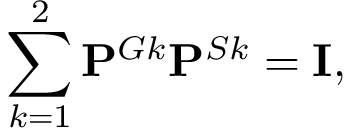
\sum _ { k = 1 } ^ { 2 } \mathbf { P } ^ { G k } \mathbf { P } ^ { S k } = \mathbf { I } ,